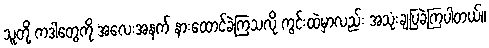
သူတို့ ကဒါတွေကို အလေးအနက် နားထောင်ခဲ့ကြသလို ကွင်းထဲမှာလည်း အသုံးချပြခဲ့ကြပါတယ်။